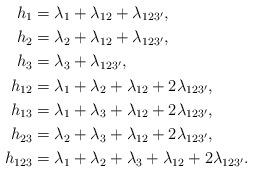
LaTeX: \begin{align*}h_1&=\lambda_1+\lambda_{12}+\lambda_{123'},\\h_2&=\lambda_2+\lambda_{12}+\lambda_{123'},\\h_3&=\lambda_3+\lambda_{123'},\\h_{12}&=\lambda_1+\lambda_2+\lambda_{12}+2\lambda_{123'},\\h_{13}&=\lambda_1+\lambda_3+\lambda_{12}+2\lambda_{123'},\\h_{23}&=\lambda_2+\lambda_3+\lambda_{12}+2\lambda_{123'},\\h_{123}&=\lambda_1+\lambda_2+\lambda_3+\lambda_{12}+2\lambda_{123'}.\end{align*}